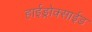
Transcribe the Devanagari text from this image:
हाईड्रोक्साईड